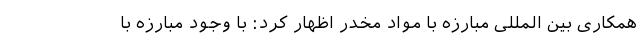
همکاری بین المللی مبارزه با مواد مخدر اظهار کرد: با وجود مبارزه با